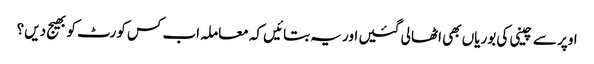
اوپر سے چینی کی بوریاں بھی اٹھا لی گئیں اور یہ بتائیں کہ معاملہ اب کس کورٹ کو بھیج دیں؟